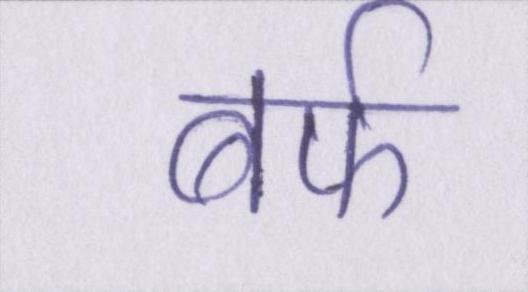
बर्फ